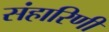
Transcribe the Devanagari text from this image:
संहारिणी